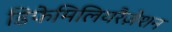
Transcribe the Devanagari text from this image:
डिफेमिलियरैज़ेशन